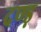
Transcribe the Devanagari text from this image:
दण्ड़